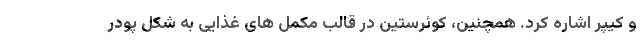
و کیپر اشاره کرد. همچنین، کوئرستین در قالب مکمل های غذایی به شکل پودر